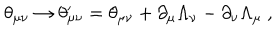
\theta _ { \mu \nu } \rightarrow \theta _ { \mu \nu } ^ { \prime } = \theta _ { \mu \nu } + \partial _ { \mu } \Lambda _ { \nu } - \partial _ { \nu } \Lambda _ { \mu } ~ ,